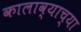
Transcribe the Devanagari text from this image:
कालाव्याच्या